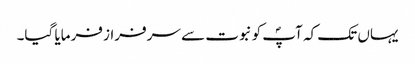
یہاں تک کہ آپؐ کو نبوت سے سرفراز فرمایا گیا۔